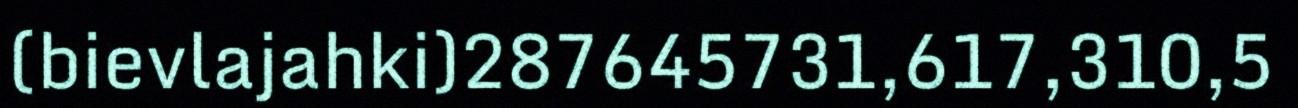
(bievlajahki)287645731,617,310,5